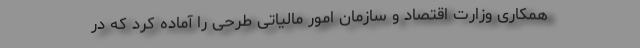
همکاری وزارت اقتصاد و سازمان امور مالیاتی طرحی را آماده کرد که در